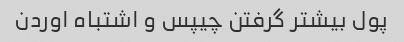
پول بیشتر گرفتن چیپس و اشتباه اوردن